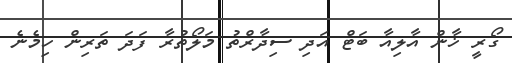
ގޯރީ ޚާން އާލިއާ ބަޓް އަދި ސިދާރްތު މަލޯތުރާ ފަދަ ތަރިން ހިމެނެ